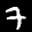
Label: 7